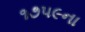
૧૭૫૯ના